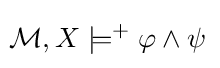
\!{\mathcal {M}},X\models ^{+}\varphi \wedge \psi